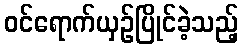
ဝင်ရောက်ယှဉ်ပြိုင်ခဲ့သည့်